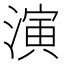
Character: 演